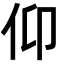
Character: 仰